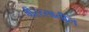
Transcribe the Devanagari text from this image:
वीररसातील